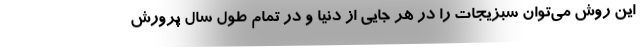
این روش می‌توان سبزیجات را در هر جایی از دنیا و در تمام طول سال پرورش